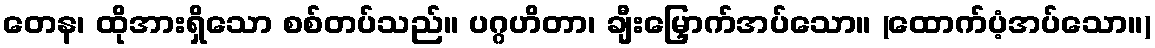
တေန၊ ထိုအားရှိသော စစ်တပ်သည်။ ပဂ္ဂဟိတာ၊ ချီးမြှောက်အပ်သော။ (ထောက်ပံ့အပ်သော။)